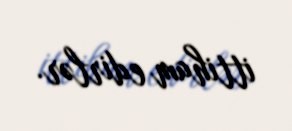
ittiham edirlər.